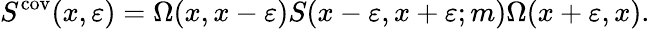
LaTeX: S^{\mathrm{cov}}(x,\varepsilon)=\Omega(x,x-\varepsilon)S(x-\varepsilon,x+\varepsilon;m)\Omega(x+\varepsilon,x).